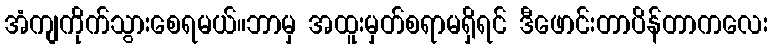
အံကျကိုက်သွားစေရမယ်။ဘာမှ အထူးမှတ်စရာမရှိရင် ဒီဖောင်းတာပိန်တာကလေး